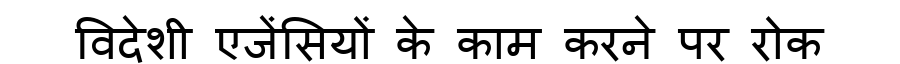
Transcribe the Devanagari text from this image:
विदेशी एजेंसियों के काम करने पर रोक